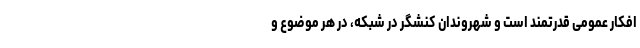
افکار عمومی قدرتمند است و شهروندان کنشگر در شبکه‌، در هر موضوع و